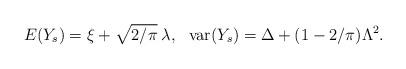
LaTeX: \begin{align*} E(Y_s) =\xi + \sqrt{2/\pi}\: \lambda, \ \ \mathrm{var}(Y_s)=\Delta + (1-2/\pi) \Lambda^2.\end{align*}